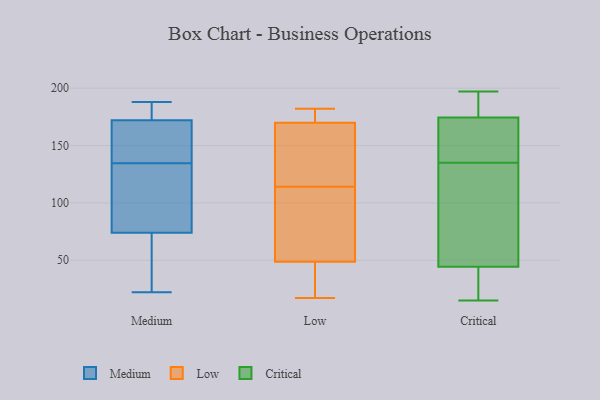
{"axis": {"x": "Energy Usage (MWh)", "y": "Value"}, "legend": ["Critical", "Low", "Medium"], "data": [{"x": "", "y": 177, "type": "Medium"}, {"x": "", "y": 61, "type": "Medium"}, {"x": "", "y": 130, "type": "Medium"}, {"x": "", "y": 183, "type": "Medium"}, {"x": "", "y": 173, "type": "Medium"}, {"x": "", "y": 170, "type": "Medium"}, {"x": "", "y": 87, "type": "Medium"}, {"x": "", "y": 27, "type": "Medium"}, {"x": "", "y": 93, "type": "Medium"}, {"x": "", "y": 148, "type": "Medium"}, {"x": "", "y": 171, "type": "Medium"}, {"x": "", "y": 139, "type": "Medium"}, {"x": "", "y": 127, "type": "Medium"}, {"x": "", "y": 188, "type": "Medium"}, {"x": "", "y": 22, "type": "Medium"}, {"x": "", "y": 43, "type": "Medium"}, {"x": "", "y": 41, "type": "Low"}, {"x": "", "y": 172, "type": "Low"}, {"x": "", "y": 175, "type": "Low"}, {"x": "", "y": 114, "type": "Low"}, {"x": "", "y": 87, "type": "Low"}, {"x": "", "y": 182, "type": "Low"}, {"x": "", "y": 173, "type": "Low"}, {"x": "", "y": 169, "type": "Low"}, {"x": "", "y": 17, "type": "Low"}, {"x": "", "y": 122, "type": "Low"}, {"x": "", "y": 151, "type": "Low"}, {"x": "", "y": 170, "type": "Low"}, {"x": "", "y": 22, "type": "Low"}, {"x": "", "y": 72, "type": "Low"}, {"x": "", "y": 109, "type": "Low"}, {"x": "", "y": 118, "type": "Low"}, {"x": "", "y": 19, "type": "Low"}, {"x": "", "y": 102, "type": "Low"}, {"x": "", "y": 32, "type": "Low"}, {"x": "", "y": 33, "type": "Critical"}, {"x": "", "y": 186, "type": "Critical"}, {"x": "", "y": 182, "type": "Critical"}, {"x": "", "y": 15, "type": "Critical"}, {"x": "", "y": 176, "type": "Critical"}, {"x": "", "y": 135, "type": "Critical"}, {"x": "", "y": 87, "type": "Critical"}, {"x": "", "y": 148, "type": "Critical"}, {"x": "", "y": 170, "type": "Critical"}, {"x": "", "y": 181, "type": "Critical"}, {"x": "", "y": 16, "type": "Critical"}, {"x": "", "y": 143, "type": "Critical"}, {"x": "", "y": 121, "type": "Critical"}, {"x": "", "y": 31, "type": "Critical"}, {"x": "", "y": 69, "type": "Critical"}, {"x": "", "y": 197, "type": "Critical"}, {"x": "", "y": 154, "type": "Critical"}, {"x": "", "y": 110, "type": "Critical"}, {"x": "", "y": 36, "type": "Critical"}]}